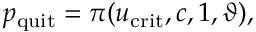
p _ { \mathrm { q u i t } } = \pi ( u _ { \mathrm { c r i t } } , c , 1 , \vartheta ) ,